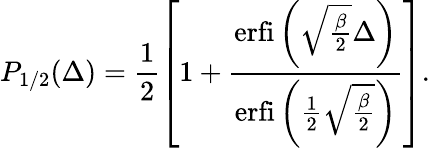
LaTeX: P_{1/2}(\Delta)=\frac{1}{2}\left[1+\frac{\mathrm{erfi}\left(\sqrt{\frac{\beta}{2}}\Delta\right)}{\mathrm{erfi}\left(\frac{1}{2}\sqrt{\frac{\beta}{2}}\right)}\right].